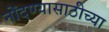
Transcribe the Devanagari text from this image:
नोंदण्यासाठीच्या